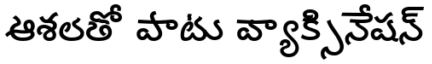
ఆశలతో పాటు వ్యాక్సినేషన్